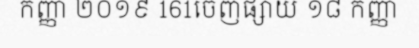
កញ្ញា ២០១៩ 161ចេញផ្សាយ ១៨ កញ្ញា